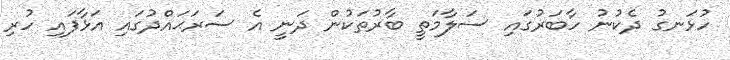
ހުޅަނގު ދެކުނު ހާބަރުގައި ސަލާމަތީ ބާރުތަކުން ދަނީ އެ ސަރަޙައްދުގައި އަޅާފައި ހުރި